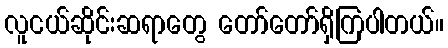
လူငယ်ဆိုင်းဆရာတွေ တော်တော်ရှိကြပါတယ်။